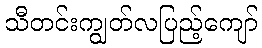
သီတင်းကျွတ်လပြည့်ကျော်